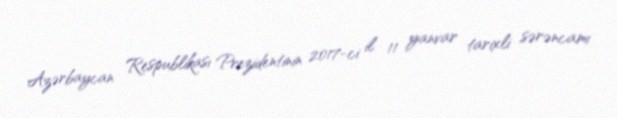
Azərbaycan Respublikası Prezidentinin 2017-ci il 11 yanvar tarixli sərəncamı